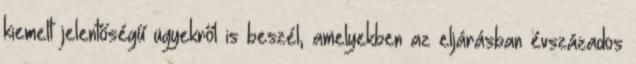
kiemelt jelentőségű ügyekről is beszél, amelyekben az eljárásban évszázados